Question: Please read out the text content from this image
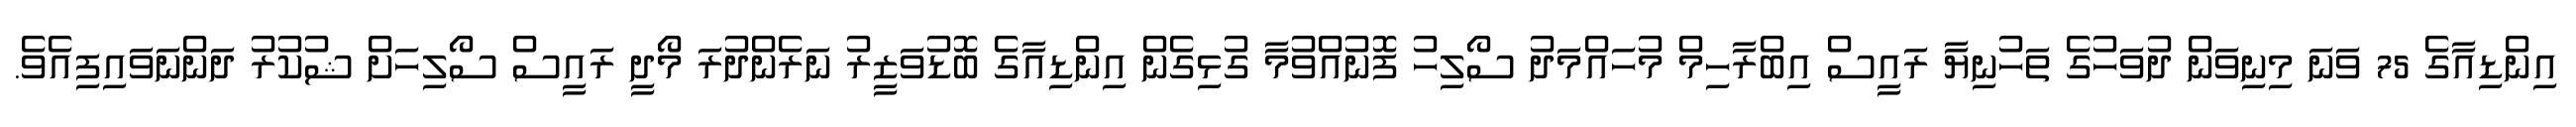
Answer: އިންޑިއާގެ 75 ވަނަ މިނިވަން ދުވަހުގެ ތަހުނިޔާ ރައީސް އިބްރާހިމް މުހައްމަދު ސޯލިހު ފޮނުއްވުމާ ގުޅިގެން އިންޑިއާގެ ބޮޑުވަޒީރު ނަރެންދުރަ މޯދީ ރައީސް ސޯލިހަށް ޝުކުރު ދަންނަވައިފިއެވެ.